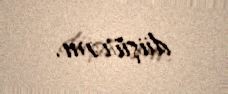
düşürəm.